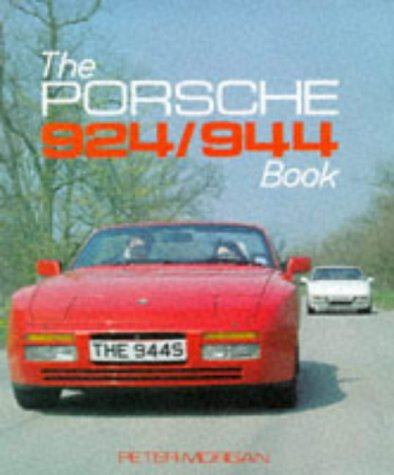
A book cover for The Porsche 924/944 Book (Foulis Motoring Book); Peter Morgan; Engineering & Transportation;